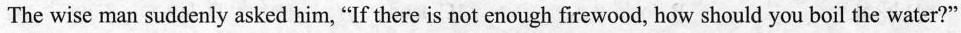
The wise man suddenly asked him, "If there is not enough firewood, how should you boil the water?"